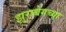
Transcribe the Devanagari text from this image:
झुराबेगच्या